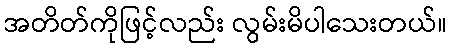
အတိတ်ကိုဖြင့်လည်း လွမ်းမိပါသေးတယ်။